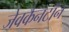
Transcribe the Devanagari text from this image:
जेवकैनटॉन